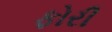
ફોરી